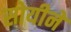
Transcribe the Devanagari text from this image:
सोयीने